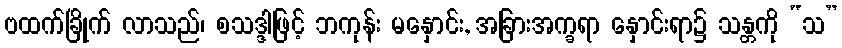
ဗထက်ခြိုက် လာသည်၊ စသဒ္ဒါဖြင့် ဘကုန်း မနှောင်း, အခြားအက္ခရာ နှောင်းရာ၌ သန္တကို “သ”